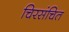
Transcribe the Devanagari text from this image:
चिरसंचित